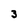
Character: 3